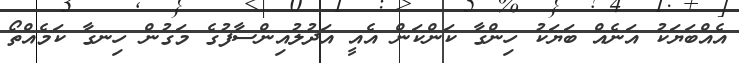
އެއްބަޔަކު އަނެއް ބަޔަކު ހިންގާ ކަންކަން އެއީ އަދުލުއިންސާފުގެ މަގުން ހިނގާ ކަމެއްތޯ